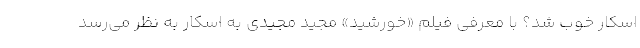
اسکار خوب شد؟ با معرفی فیلم «خورشید» مجید مجیدی به اسکار به نظر می‌رسد